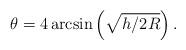
LaTeX: \begin{align*}\theta=4\arcsin\left(\sqrt{h/2R}\right).\end{align*}